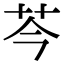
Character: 芩